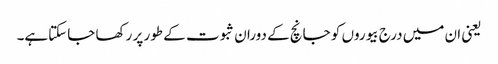
یعنی ان میں درج بیوروں کو جانچ کے دوران ثبوت کے طور پر رکھا جاسکتاہے۔